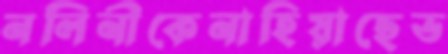
নলিনীকেনাহিয়াছেভ